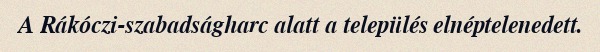
A Rákóczi-szabadságharc alatt a település elnéptelenedett.